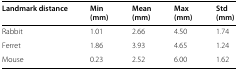
| Landmark distance | Min (mm) | Mean (mm) | Max (mm) | Std (mm) |
 | --- | --- | --- | --- | --- |
 | Rabbit | 1.01 | 2.66 | 4.50 | 1.74 |
 | Ferret | 1.86 | 3.93 | 4.65 | 1.24 |
 | Mouse | 0.23 | 2.52 | 6.00 | 1.62 |